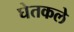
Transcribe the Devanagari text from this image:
घेतकले